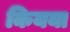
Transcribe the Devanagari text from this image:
कियया